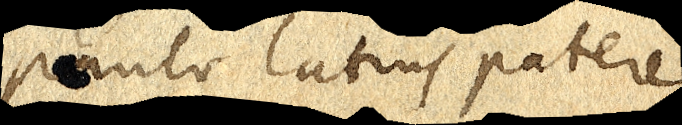
paulo latius patere